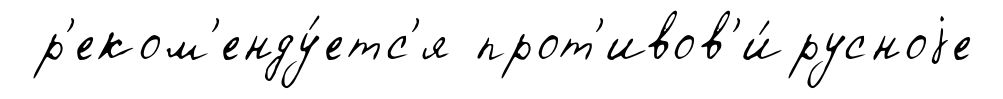
р'еком'енду́етс'я прот'ивов'и́русноjе